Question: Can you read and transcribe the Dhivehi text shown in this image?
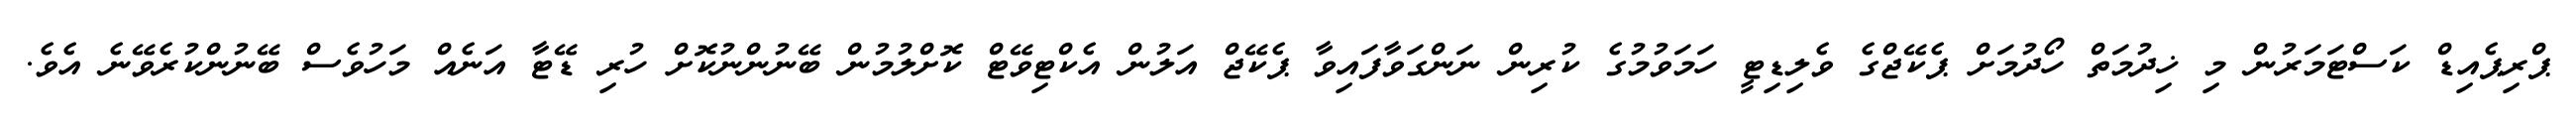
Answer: ޕްރިޕެއިޑް ކަސްޓަމަރުން މި ޚިދުމަތް ހޯދުމަށް ޕެކޭޖްގެ ވެލިޑިޓީ ހަމަވުމުގެ ކުރިން ނަންގަވާފައިވާ ޕެކޭޖް އަލުން އެކްޓިވޭޓް ކޮށްލުމުން ބޭނުންނުކޮށް ހުރި ޑޭޓާ އަނެއް މަހުވެސް ބޭނުންކުރެވޭނެ އެވެ.